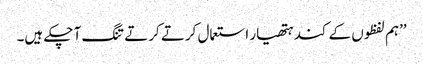
’’ہم لفظوں کے کند ہتھیار استعمال کرتے کرتے تنگ آ چکے ہیں۔